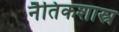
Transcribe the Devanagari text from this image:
नैतिकशास्त्र